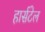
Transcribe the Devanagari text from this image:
हार्सटेल